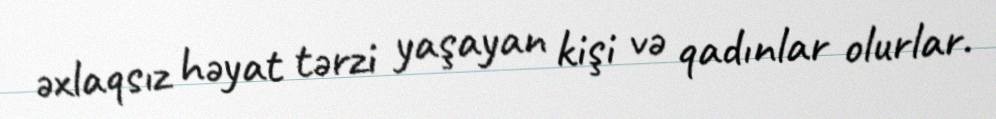
əxlaqsız həyat tərzi yaşayan kişi və qadınlar olurlar.